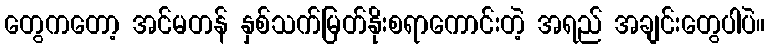
တွေကတော့ အင်မတန် နှစ်သက်မြတ်နိုးစရာကောင်းတဲ့ အရည် အချင်းတွေပါပဲ။